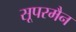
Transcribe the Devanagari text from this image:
सूपरमैन